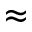
\approx